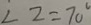
\angle 2 = 7 0 ^ { \circ }